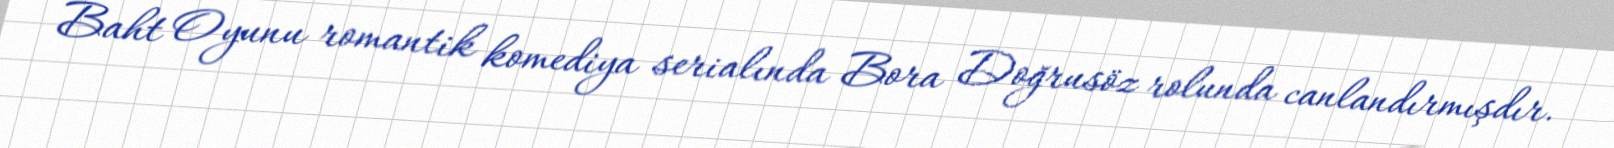
Baht Oyunu romantik komediya serialında Bora Doğrusöz rolunda canlandırmışdır.